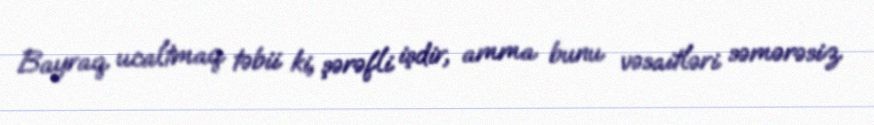
Bayraq ucaltmaq təbii ki, şərəfli işdir, amma bunu vəsaitləri səmərəsiz